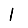
Digit: 1